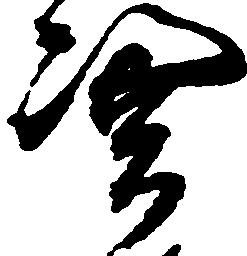
憑